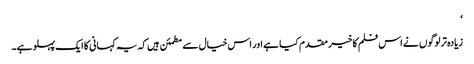
‘
زیادہ تر لوگوں نے اس فلم کا خیر مقدم کیا ہے اور اس خیال سے مطمئن ہیں کہ یہ کہانی کا ایک پہلو ہے۔